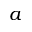
a